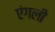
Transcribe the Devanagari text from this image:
एंगली